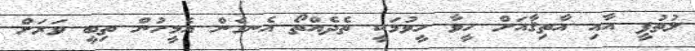
ލުތުފީ އާއި އާތިޤާއަށް ހީވާ ހީވުމަކީ ތެދެއްތޯ އެނގެން އެމީހުން ތިބީ ވަރަށް